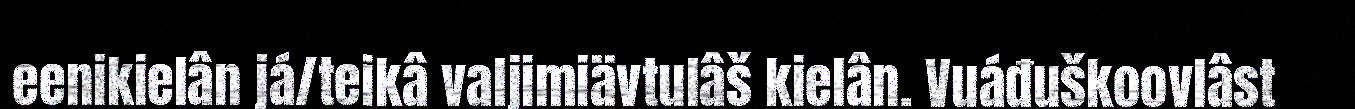
eenikielân já/teikâ valjimiävtulâš kielân. Vuáđuškoovlâst